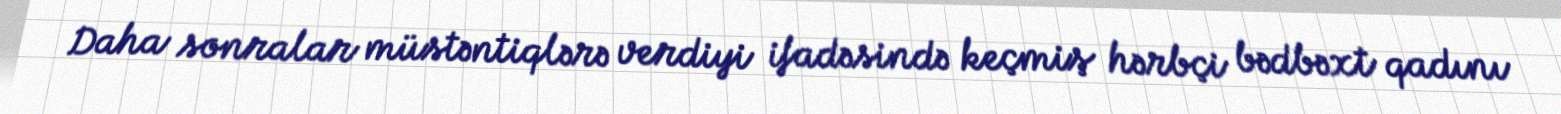
Daha sonralar müstəntiqlərə verdiyi ifadəsində keçmiş hərbçi bədbəxt qadını